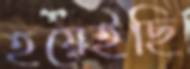
হয়েইছি